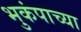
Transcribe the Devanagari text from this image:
भुकंपाच्या